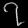
Digit: ၇